Lunatic asylums Madras 1892-1911 - 1892-1911
Year: 1892
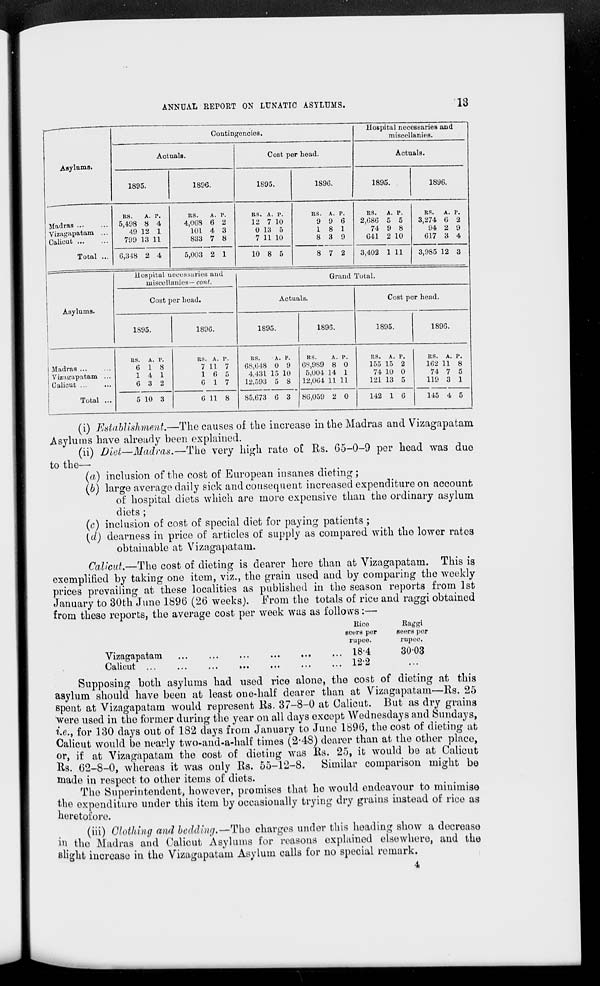
ANNUAL REPORT ON LUNATIC ASYLUMS.
13
Asylums.
Contingencies.
Hospital necessaries and
miscellanies.
Actuals.
Cost per head.
Actuals.
1895.
1896.
1895.
1896.
1895.
1896.
Madras
Vizagapatam ...
Calicut
Total ...
RS.
A. P.
5,498 8 4
49 12 1
799 13 11
RS.
A. P.
4,068 6 2
101 4 3
833 7 8
RS. A. P.
12 7 10
0 13 5
7 11 10
RS. A.
9 9
1 8
8 3
p.
6
1
9
RS.
A. P.
2,686 5 5
74 9 8
641 2 10
RS.
A. P.
3,274 6 2
94 2 9
617 3 4
6,348 2 4
5,003 2 1
10 8 5
8 7 2
3,402 1 11
3,985 12 3
Asylums.
Hospital necessaries and
iniscel lanies— cont.
Grand Total.
Cost per bead.
Actuals.
Cost per head.
1895.
1896.
1895.
1896.
1895.
1896.
Madras
Vizusjapatam ...
Calicut ...
Total ...
RS. A. P.
6 18
14 1
6 3 2
RS. A. P.
7 11 7
16 5
6 17
RS.
A. P.
68,018 0 9
4,431 15 10
12,593 5 8
RS.
A.
6S.989 8
5,004 14
12,064 11
p.
0
1
11
RS. A. P.
155 15 2
74 10 0
121 13 5
RS. A. P.
162 11 8
74 7 5
119 3 1
5 10 3
6 11 8
85,673 6 3 86,059 2 0
142 1 6
145 4 5
(i) Establishment.—The causes of the increase in the Madras and Vizagapatam
Asylums have already been explained.
(ii) Diet—Madras.—The very high rate of Rs. 65-0-9 per head was due
to the—
(a) inclusion of the cost of European insanes dieting;
(b) large average daily sick and consequent increased expenditure on account
of hospital diets which are more expensive than the ordinary asylum
diets ;
(c) inclusion of cost of special diet for paying patients ;
(d) clearness in price of articles of supply as compared with the lower rates
obtainable at Vizagapatam.
Calicut.—The cost of dieting is dearer here than at Vizagapatam. This is
exemplified by taking one item, viz., the grain used and by comparing the weekly
prices prevailing at these localities as published in the season reports from 1st
January to 30th June 1896 (26 weeks). From the totals of rice and raggi obtained
from these reports, the average cost per week was as follows:—■
Rico
seers per
rupee.
184
Vizagapatam
Calicut ...
Raggi
soers por
rupee.
3003
122
Supposing both asylums had used rice alone, the cost of dieting at this
asylum should have been at least one-half dearer than at Vizagapatam—Rs. 25
spent at Vizagapatam would represent Rs. 37-8-0 at Calicut. But as dry grains
were used in the former during the year on all days except Wednesdays and Sundays,
t.e., for 130 days out of 182 days from January to June 1896, the cost of dieting at
Calicut would be nearly two-and-a-half times (2*48) dearer than at the other place,
or, if at Vizagapatam the cost of dieting was Its. 25, it would be at Calicut
Its. 62-8-0, whereas it was only Rs. 55-12-8. Similar comparison might be
made in respect to other items of diets.
The Superintendenti however, promises that he would endeavour to minimise
the expenditure under this item by occasionally trying dry grains instead of rice as
heretofore.
(iii) Clothing and bedding.—Tho charges under this heading show a decreaso
in the Madras and Calicut Asylums for reasons explained elsewhere, and the
slight increase in the Vizagapatam Asylum calls for no special remark.
4